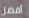
أفضل